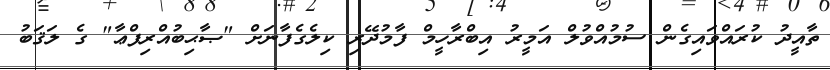
ތާއީދު ކުރައްވައިގެން ސުމުއްވުލް އަމީރު އިބްރާހީމް ފާމުދޭރި ކިލެގެފާނަށް "ޞާޙިބުއްރިފްޢާ" ގެ ލަޤަބު